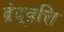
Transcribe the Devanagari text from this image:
द्रंद्व्रत्ति